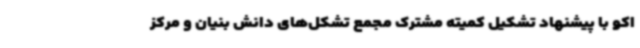
اکو با پیشنهاد تشکیل کمیته مشترک مجمع تشکل‌های دانش بنیان و مرکز